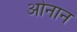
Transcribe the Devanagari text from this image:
ओनान